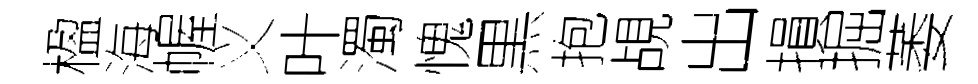
楹海幄义叶濁愧黒抱覘出損掘萎